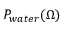
P _ { w a t e r } ( \Omega )